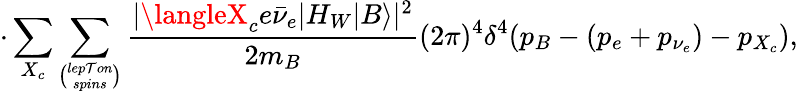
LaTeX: \cdot\sum_{X_{c}}\sum_{\binom{lep\mathcal{T}on}{spins}}\frac{{|\langleX_{c}e\bar{{\nu}}_{e}|H_{W}|B\rangle|^{2}}}{{2m_{B}}}(2\pi)^{4}\delta^{4}(p_{B}-(p_{e}+p_{\nu_{e}})-p_{X_{c}}),